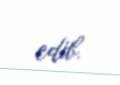
edib.